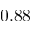
0 . 8 8